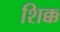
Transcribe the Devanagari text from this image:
शिक्क